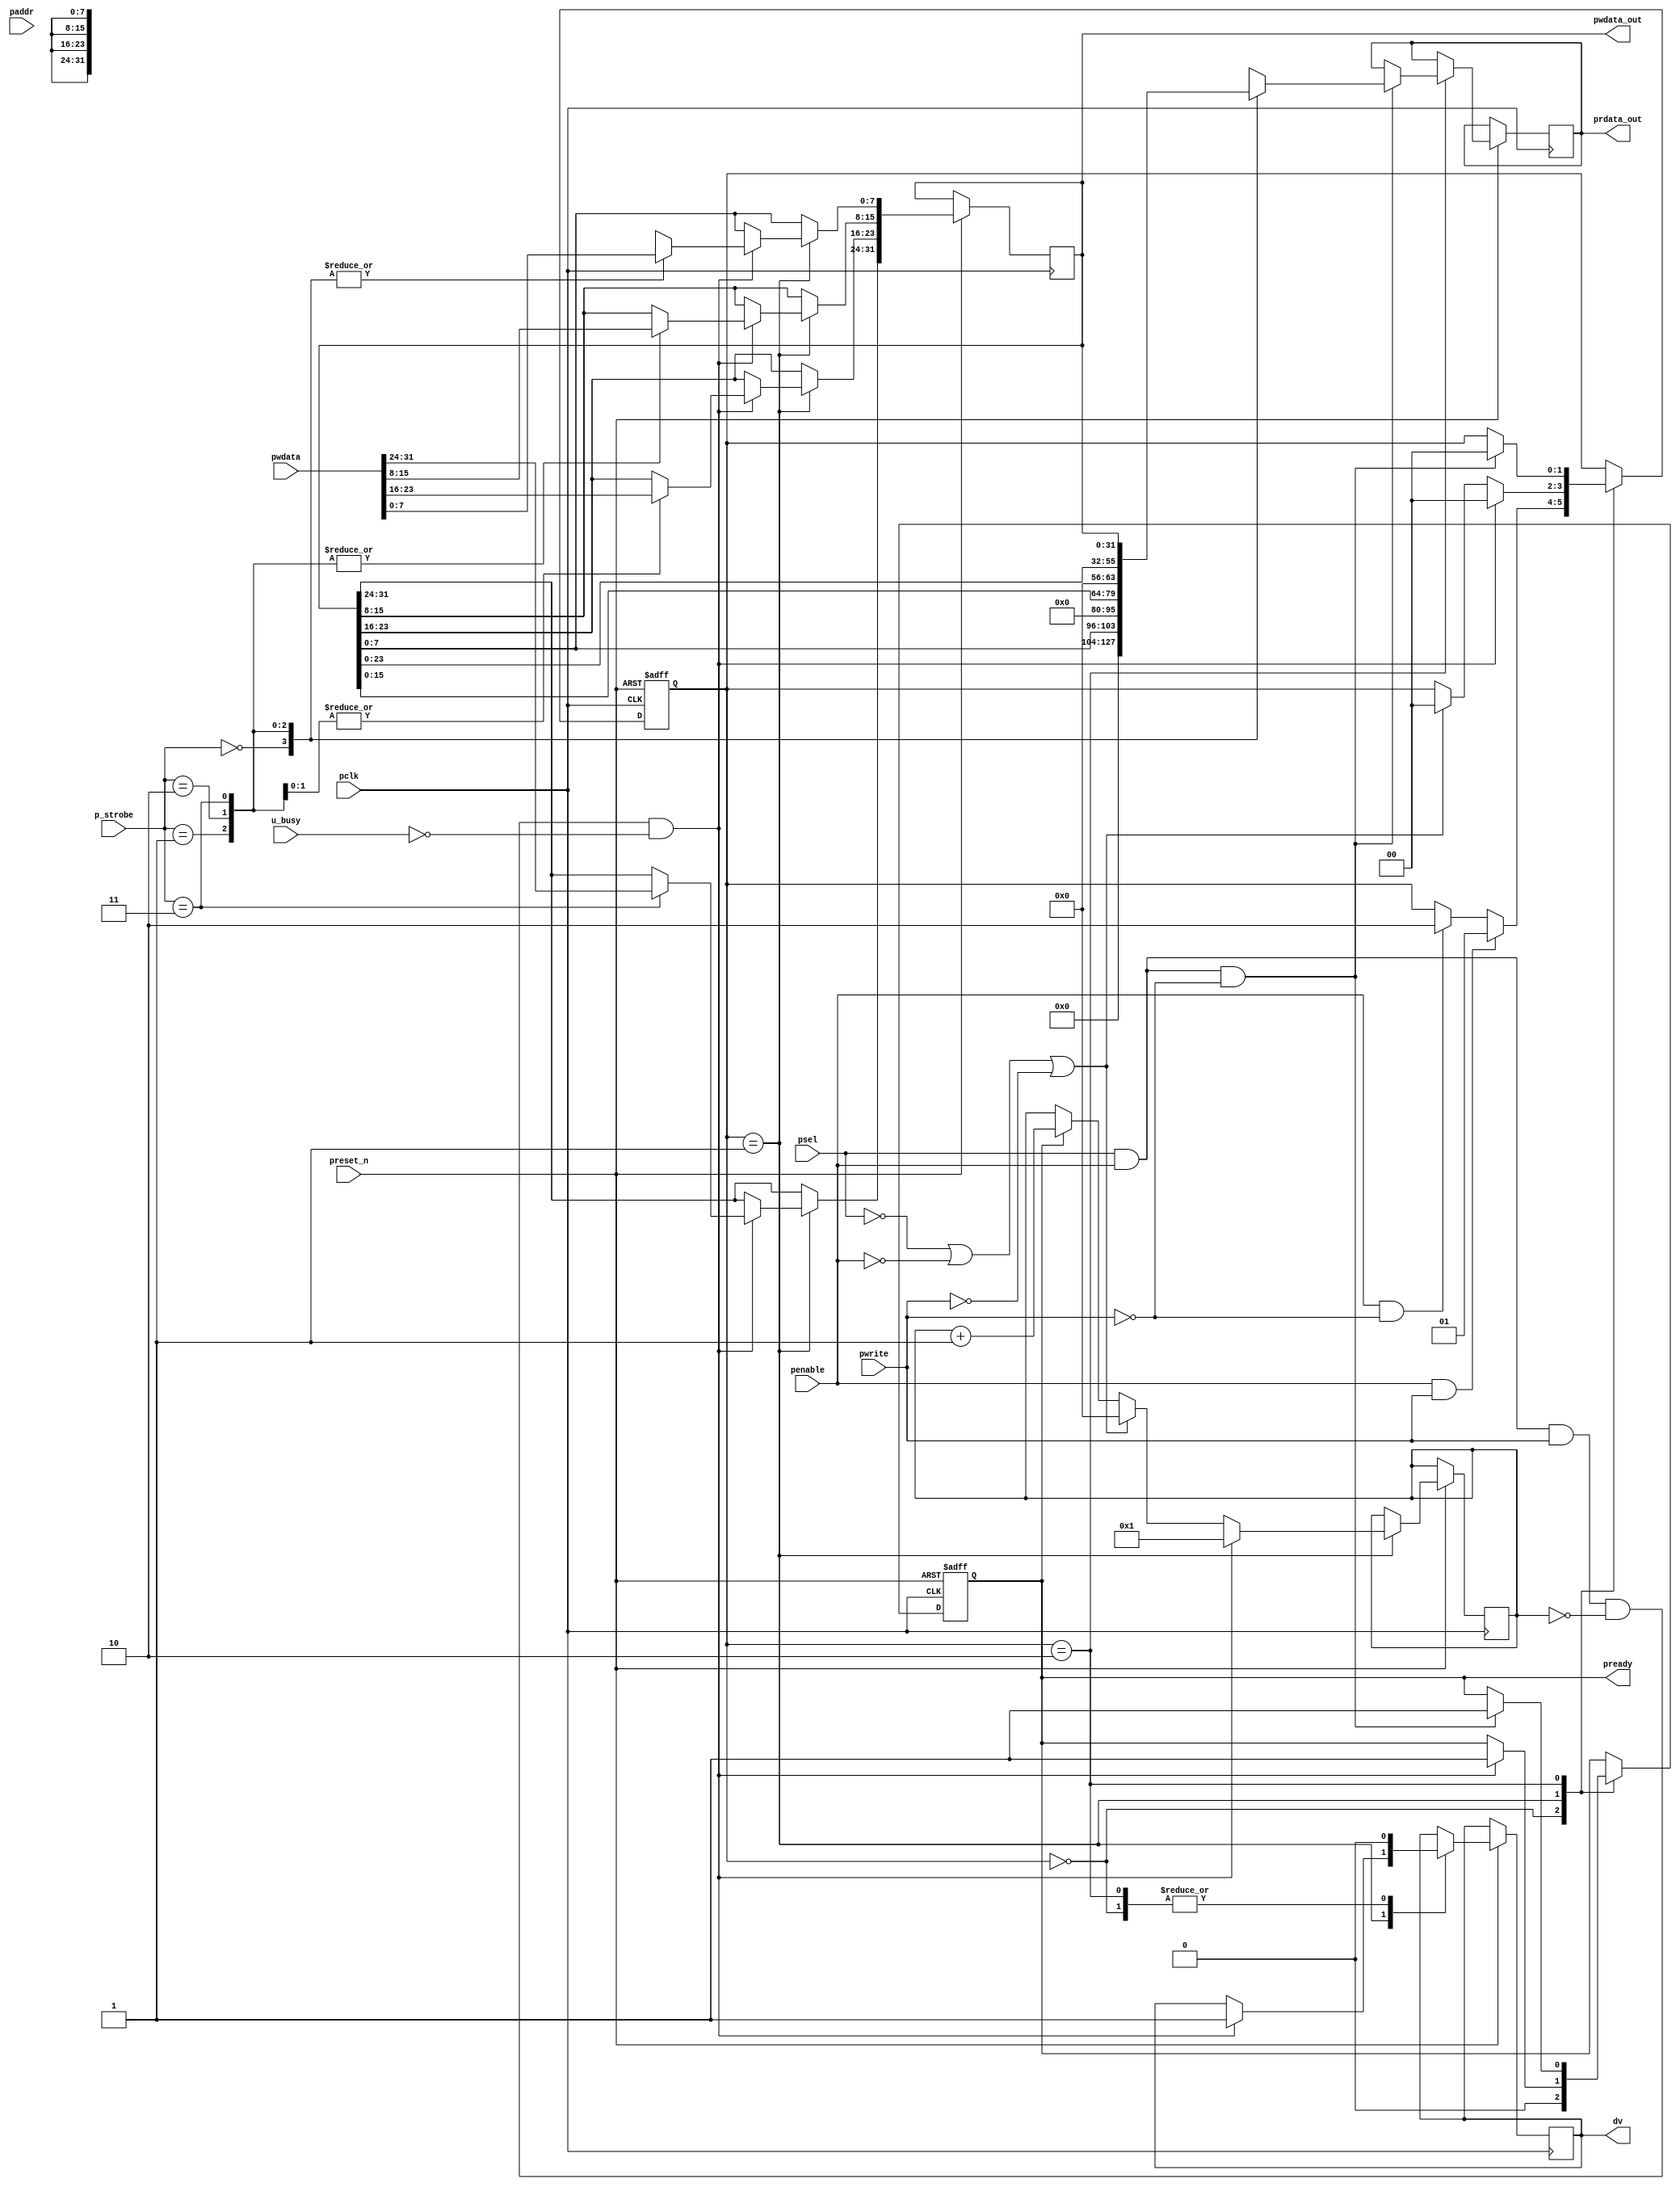
 module apb_slave(
    input                   pclk,
    input                   preset_n,      // Active low asynchronous reset
    input                   psel,          // Slave select
    input                   penable,       // Enable signal
    input                   pwrite,        // Write enable
    input wire[31:0]        paddr,         // Address
    input wire[31:0]        pwdata,        // Write data
    input[1:0]              p_strobe,
    input                   u_busy,
    output wire [31:0]      pwdata_out,
    output wire [31:0]      prdata_out,
    output reg              dv,
    output reg              pready      // Ready output to the master
);
     
  reg [7:0] pready_counter = 8'b0; // Counter to track the number of times pready goes high in a transaction
  reg [1:0] s_state = 2'b00;     
  reg [31:0] data_latch;
  reg [31:0] temp;
  parameter IDLE  = 2'b00;
  parameter WRITE = 2'b01;
  parameter READ  = 2'b10;
  
  always @(posedge pclk or negedge preset_n) begin
    if (~preset_n) begin
      s_state <= IDLE;
      pready <= 1'b0;
    end else begin
      case (s_state)
        IDLE: begin
          dv <= 0;
          pready <= 0;
         // data_latch <= 0;
          if (penable && pwrite) begin
            s_state <= WRITE;
          end else if (penable && ~pwrite) begin
            s_state <= READ;
          end
        end

     
        WRITE: begin
            if (psel && penable && pwrite && (pready_counter == 0) && !u_busy) begin
                case (p_strobe)
                    2'b00: data_latch[7:0] <= pwdata[7:0]; // LSB
                    2'b01: data_latch[15:0] <= pwdata[15:0]; // 2 byte
                    2'b10: data_latch[23:0] <= pwdata[23:0]; // 3 byte
                    2'b11: data_latch[31:0] <= pwdata[31:0]; // ALL
                endcase
                dv <= 1;
                pready <= 1'b1;
                s_state <= IDLE;
                pready_counter <= 1; // Increment pready_counter when pready goes high
            end else if (!psel || !penable || !pwrite) begin
                s_state <= IDLE;
                pready_counter <= 0; // Reset pready_counter if transaction aborted
            end else if (pready) begin
                pready_counter <= pready_counter + 1; // Increment pready_counter for each high pulse of pready
            end
        end


               READ: begin
            dv <= 1'b0;
            if (psel && penable && ~pwrite) begin
                case (p_strobe)
                    2'b00: temp <= data_latch[7:0]; // LSB
                    2'b01: temp <= data_latch[15:0]; // 2nd byte
                    2'b10: temp <= data_latch[23:0]; // 3rd byte
                    2'b11: temp <= data_latch[31:0]; // MSB
                endcase
                pready <= 1'b1;
                s_state <= IDLE;
            end
        end


      endcase
    end
  end

  assign prdata_out = temp;
  assign pwdata_out = data_latch;
  
endmodule